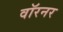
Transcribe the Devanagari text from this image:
वॉरनर